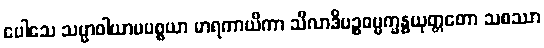
ပေါသေ သမ္မာဝါယာမပစ္စယာ မာရကာယိကာ သီလာဒိပဉ္စဓမ္မက္ခန္ဓယုတ္တတော သစဿာ